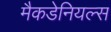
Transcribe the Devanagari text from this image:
मैकडेनियल्स